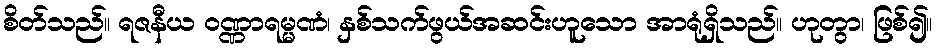
စိတ်သည်။ ရဇနီယ ဝဏ္ဏာရမ္မဏံ၊ နှစ်သက်ဖွယ်အဆင်းဟူသော အာရုံရှိသည်။ ဟုတွာ၊ ဖြစ်၍။